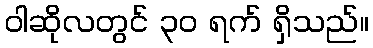
ဝါဆိုလတွင် ၃၀ ရက် ရှိသည်။